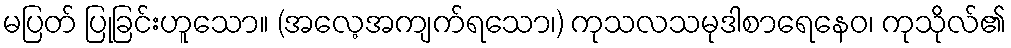
မပြတ် ပြုခြင်းဟူသော။ (အလေ့အကျက်ရသော၊) ကုသလသမုဒါစာရေနေဝ၊ ကုသိုလ်၏